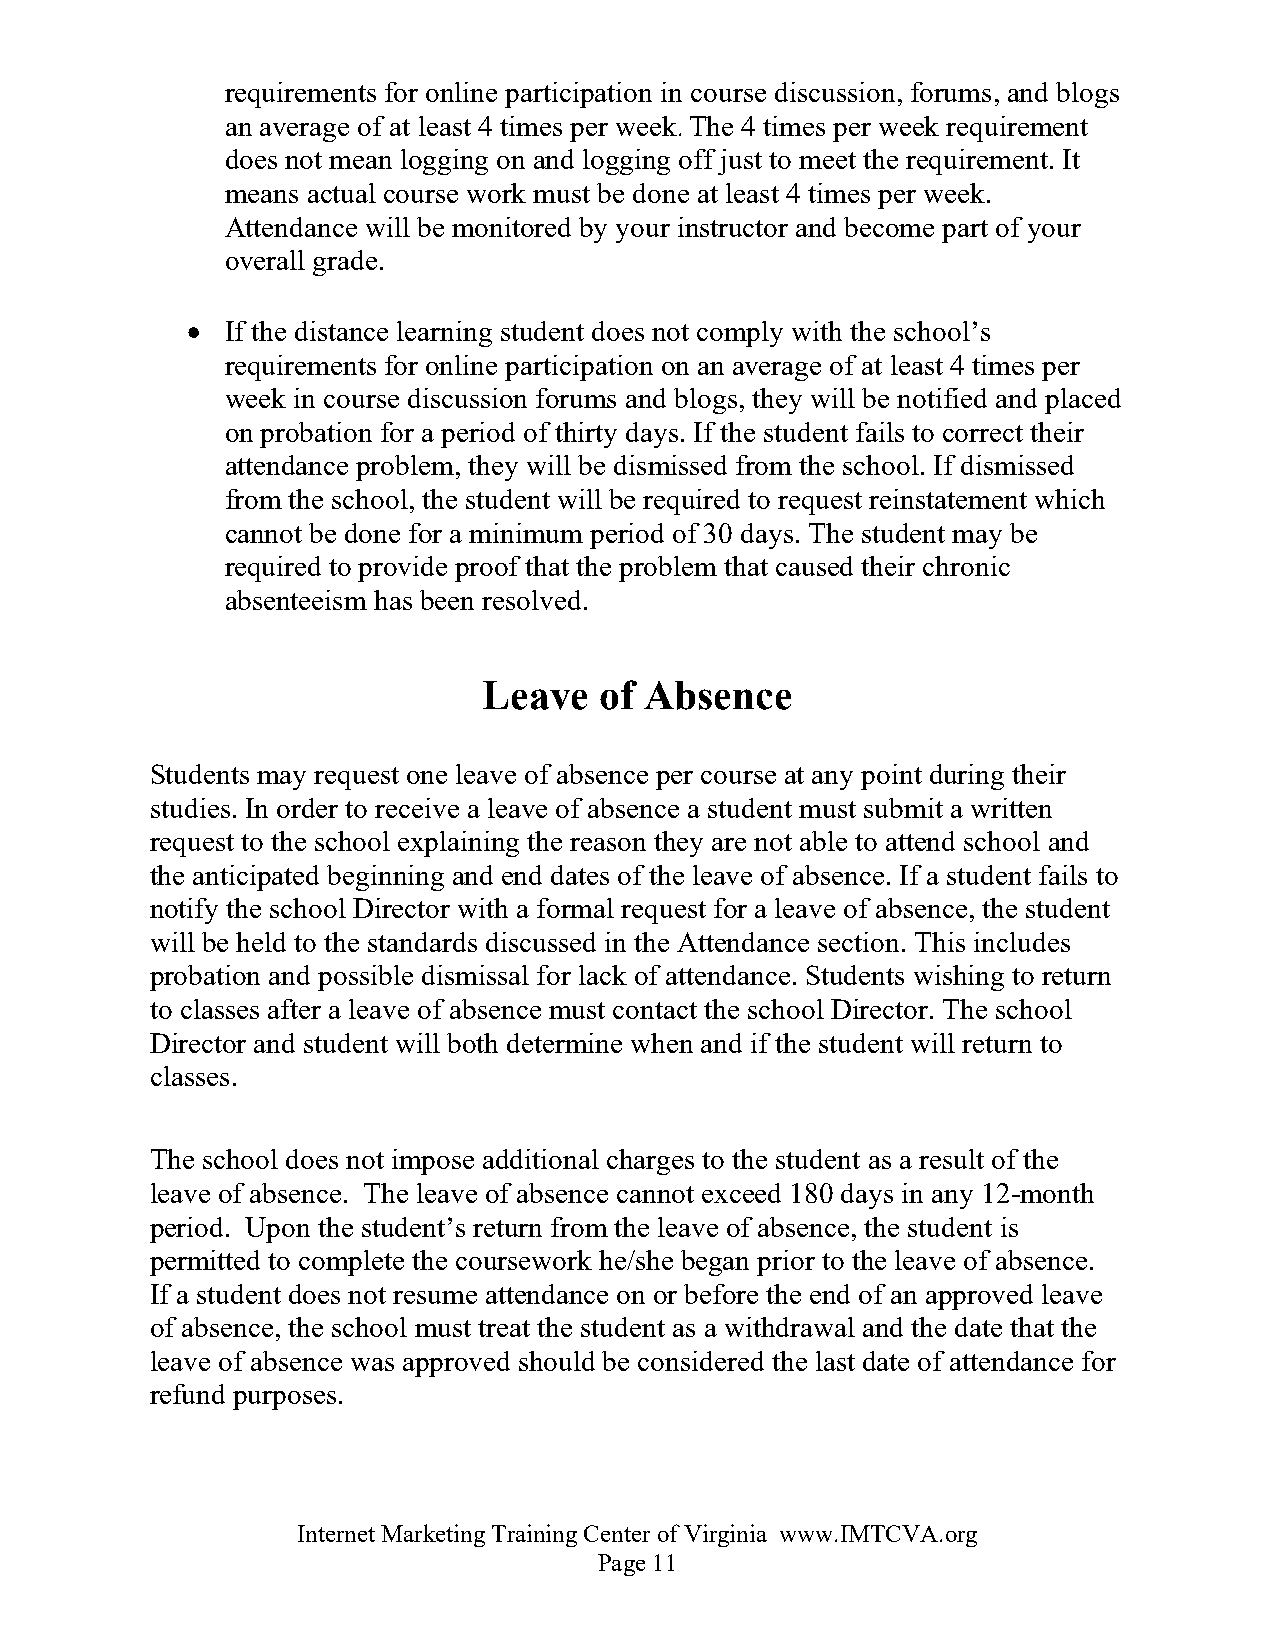
requirements for online participation in course discussion, forums, and blogs
 an average of at least 4 times per week. The 4 times per week requirement
 does not mean logging on and logging off just to meet the requirement. It
 means actual course work must be done at least 4 times per week.
 Attendance will be monitored by your instructor and become part of your
 overall grade.
 •  If the distance learning student does not comply with the school’s
 requirements for online participation on an average of at least 4 times per
 week in course discussion forums and blogs, they will be notified and placed
 on probation for a period of thirty days. If the student fails to correct their
 attendance problem, they will be dismissed from the school. If dismissed
 from the school, the student will be required to request reinstatement which
 cannot be done for a minimum period of 30 days. The student may be
 required to provide proof that the problem that caused their chronic
 absenteeism has been resolved.
 Leave   of Absence
 Students may request one leave of absence per course at any point during their
 studies. In order to receive a leave of absence a student must submit a written
 request to the school explaining the reason they are not able to attend school and
 the anticipated beginning and end dates of the leave of absence. If a student fails to
 notify the school Director with a formal request for a leave of absence, the student
 will be held to the standards discussed in the Attendance section. This includes
 probation and possible dismissal for lack of attendance. Students wishing to return
 to classes after a leave of absence must contact the school Director. The school
 Director and student will both determine when and if the student will return to
 classes.
 The school does not impose additional charges to the student as a result of the
 leave of absence. The leave of absence cannot exceed 180 days in any 12-month
 period. Upon the student’s return from the leave of absence, the student is
 permitted to complete the coursework he/she began prior to the leave of absence.
 If a student does not resume attendance on or before the end of an approved leave
 of absence, the school must treat the student as a withdrawal and the date that the
 leave of absence was approved should be considered the last date of attendance for
 refund purposes.
 Internet Marketing Training Center of Virginia www.IMTCVA.org
 Page 11